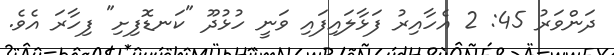
ދަންވަރު 45: 2 އެހާއިރު ފަޅާލައިފައި ވަނީ ހުޅުދޫ "ކަނޑޮފިށި" ފިހާރަ އެވެ.